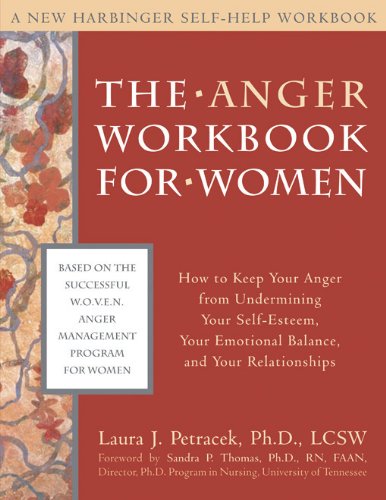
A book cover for The Anger Workbook for Women: How to Keep Your Anger from Undermining Your Self-Esteem, Your Emotional Balance, and Your Relationships (New Harbinger Self-Help Workbook); Laura J. Petracek; Parenting & Relationships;